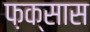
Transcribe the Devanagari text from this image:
फ़क्सास